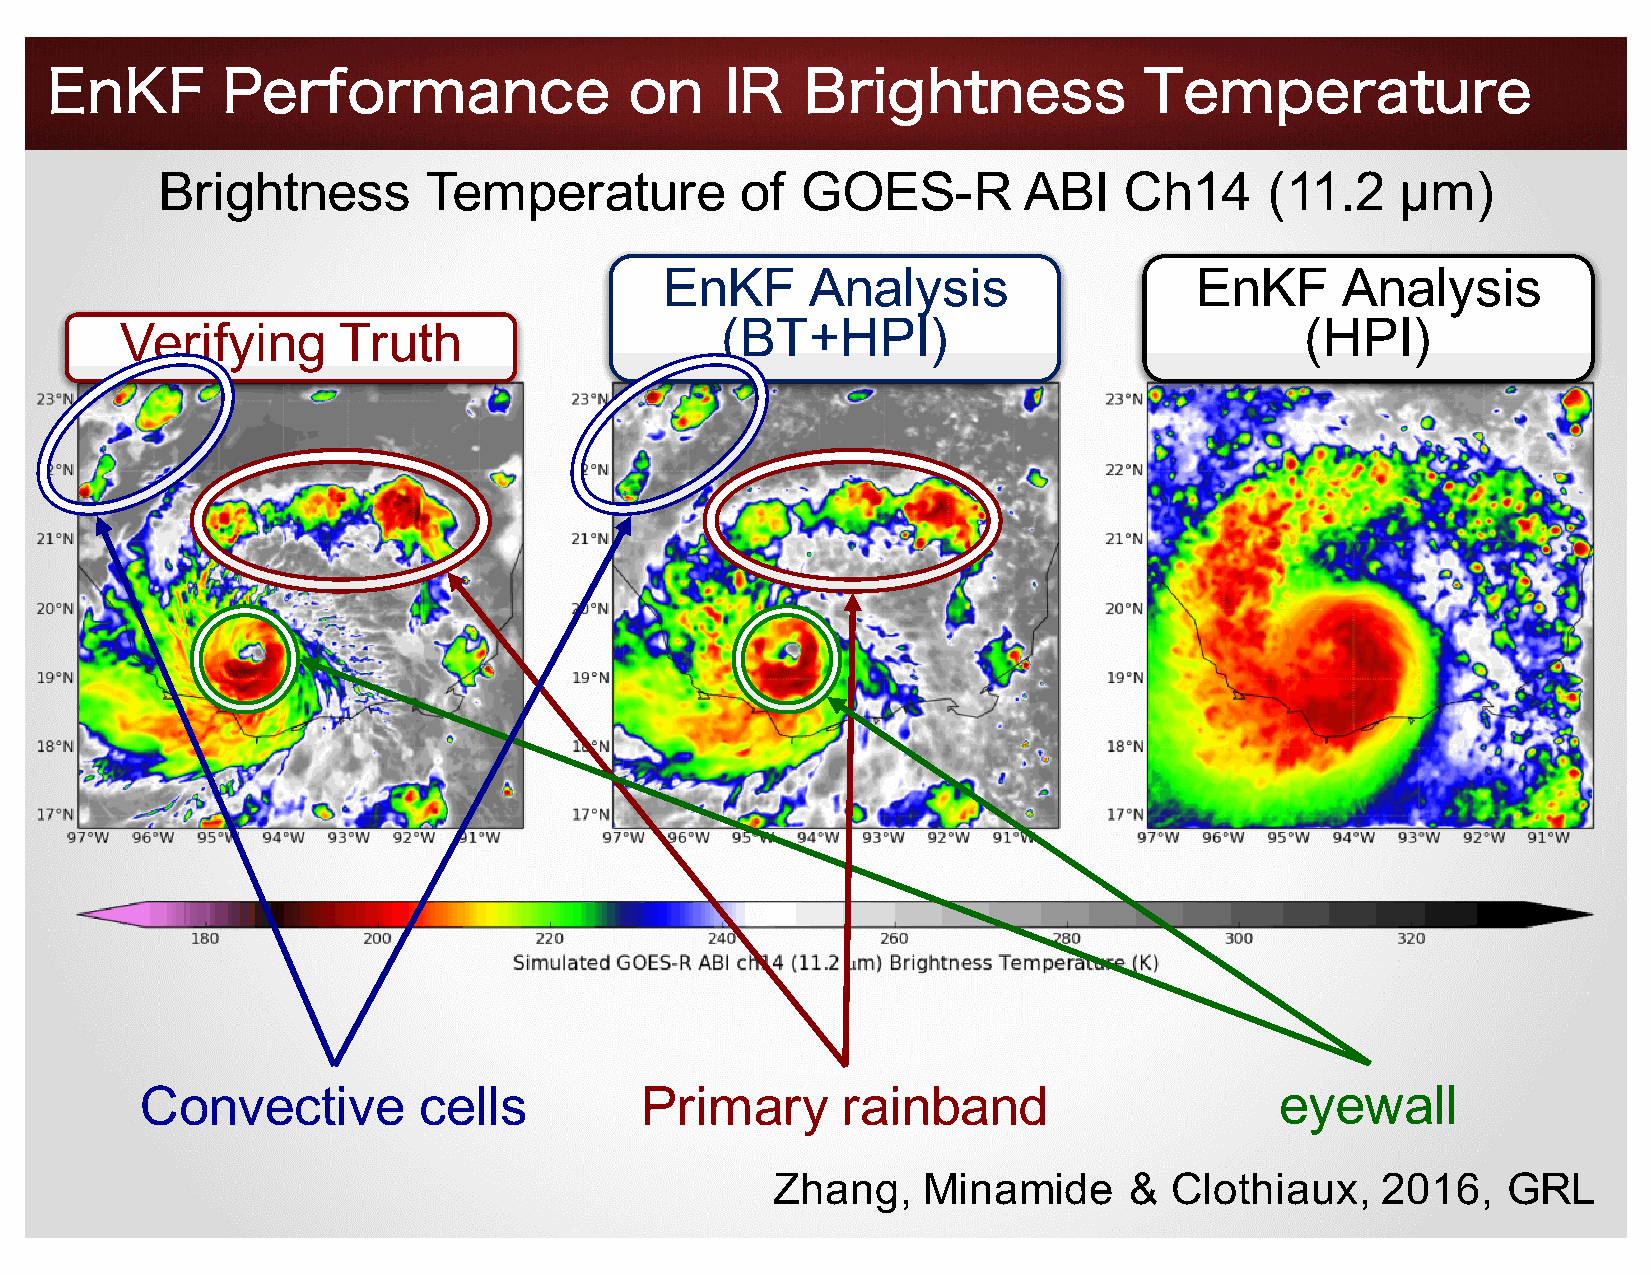
EnKF        Performance                on    IR   Brightness             Temperature
 Brightness        Temperature          of  GOES-R         ABI   Ch14      (11.2    µm)
 EnKF      Analysis                 EnKF      Analysis
 Verifying     Truth                     (BT+HPI)                              (HPI)
 Convective         cells         Primary       rainband                     eyewall
 Zhang,    Minamide      & Clothiaux,    2016,    GRL